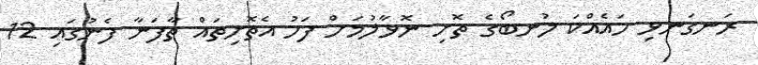
ރަނގަނޅި ހައެއްކަ ލުނބޯގެ ތޮށި ނޮޅާލުމަށް ފަހު އެތޮށިތައް ތާފަނާ ފެނުގައި 12